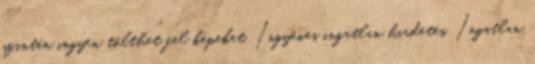
szintén ingyen tölthet fel képeket. Ingyenes ingatlan hirdetés. Ingatlan